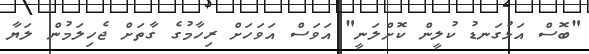
"ބޮސް އަޅުގަނޑު ކުލީން ކޮށްލަނީ" އަވަސް އަވަހަށް ރިހާމުގެ ގާތަށް ޖެހިލަމުން ލަޔާ